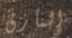
المأزق